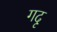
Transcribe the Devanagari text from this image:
गदृ